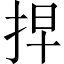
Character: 𢫵